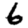
Digit: 6